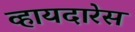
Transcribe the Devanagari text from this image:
व्हायदारेस